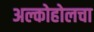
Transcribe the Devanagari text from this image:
अल्कोहोलचा